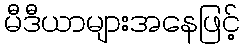
မီဒီယာများအနေဖြင့်